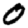
Digit: 0